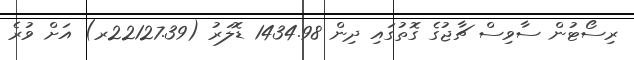
ރިސޯޓުން ސާވިސް ޗާޖުގެ ގޮތުގައި ދިން 1434.98 ޑޮލަރު (22127.39ރ) އަށް ވުރެ